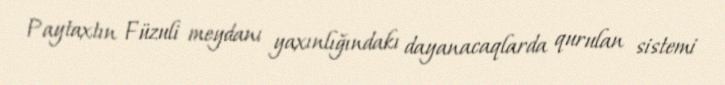
Paytaxtın Füzuli meydanı yaxınlığındakı dayanacaqlarda qurulan sistemi